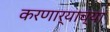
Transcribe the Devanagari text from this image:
करणार्‍याच्या